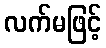
လက်မဖြင့်